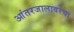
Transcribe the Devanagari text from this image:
आंतरजालावरचा